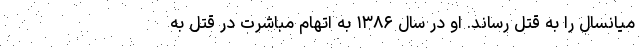
میانسال را به قتل رساند. او در سال ۱۳۸۶ به اتهام مباشرت در قتل به